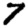
Digit: 7